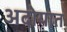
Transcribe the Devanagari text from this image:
अदोयात